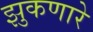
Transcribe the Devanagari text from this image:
झुकणारे